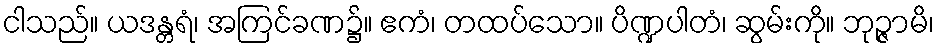
ငါသည်။ ယဒန္တရံ၊ အကြင်ခဏ၌။ ဧကံ၊ တထပ်သော။ ပိဏ္ဍပါတံ၊ ဆွမ်းကို။ ဘုဉ္ဇာမိ၊